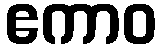
ဧကာဝ